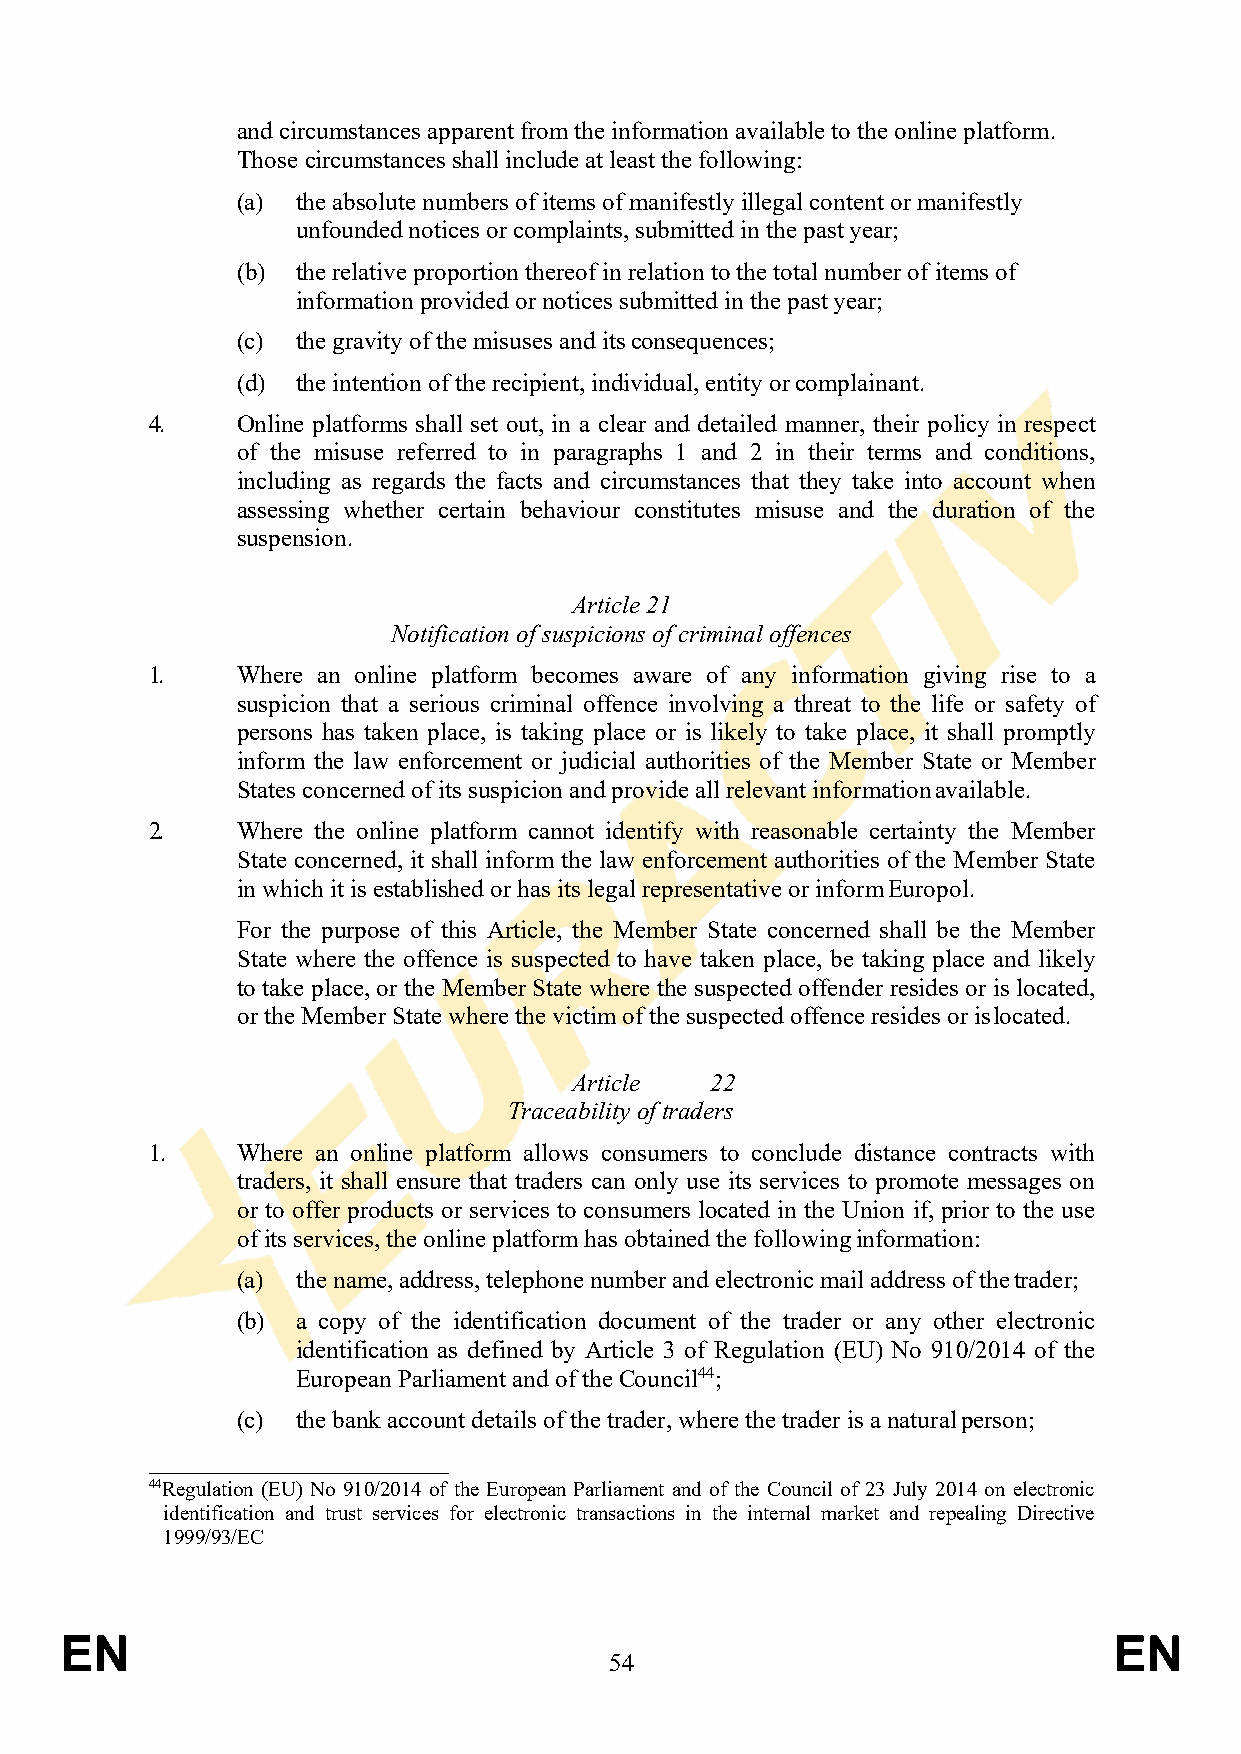
and circumstances apparent from the information available to the online platform.
 Those circumstances shall include at least the following:
 (a) the absolute numbers of items of manifestly illegal content or manifestly
 unfounded notices or complaints, submitted in the past year;
 (b) the relative proportion thereof in relation to the total number of items of
 information provided or notices submitted in the past year;
 (c) the gravity of the misuses and its consequences;
 (d) the intention of the recipient, individual, entity or complainant.
 4.    Online platforms shall set out, in a clear and detailed manner, their policy in respect
 of the misuse referred to in paragraphs 1 and 2 in their terms and conditions,
 including as regards the facts and circumstances that they take into account when
 assessing whether certain behaviour constitutes misuse and the duration of the
 suspension.
 Article 21
 Notification of suspicions of criminal offences
 1.    Where an online platform becomes aware of any information giving rise to a
 suspicion that a serious criminal offence involving a threat to the life or safety of
 persons has taken place, is taking place or is likely to take place, it shall promptly
 inform the law enforcement or judicial authorities of the Member State or Member
 States concerned of its suspicion and provide all relevant information available.
 2.    Where the online platform cannot identify with reasonable certainty the Member
 State concerned, it shall inform the law enforcement authorities of the Member State
 in which it is established or has its legal representative or inform Europol.
 For the purpose of this Article, the Member State concerned shall be the Member
 State where the offence is suspected to have taken place, be taking place and likely
 to take place, or the Member State where the suspected offender resides or is located,
 or the Member State where the victim of the suspected offence resides or is located.
 Article  22
 Traceability of traders
 1.    Where an online platform allows consumers to conclude distance contracts with
 traders, it shall ensure that traders can only use its services to promote messages on
 or to offer products or services to consumers located in the Union if, prior to the use
 of its services, the online platform has obtained the following information:
 (a) the name, address, telephone number and electronic mail address of the trader;
 (b) a copy of the identification document of the trader or any other electronic
 identification as defined by Article 3 of Regulation (EU) No 910/2014 of the
 European Parliament and of the Council44;
 (c) the bank account details of the trader, where the trader is a natural person;
 44Regulation (EU) No 910/2014 of the European Parliament and of the Council of 23 July 2014 on electronic
 identification and trust services for electronic transactions in the internal market and repealing Directive
 1999/93/EC
 EN                                                                    EN
 54